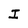
Character: I